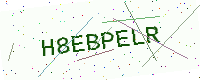
Text: H8EBPELR